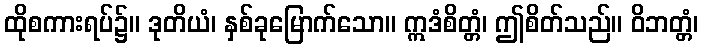
ထိုစကားရပ်၌။ ဒုတိယံ၊ နှစ်ခုမြောက်သော။ ဣဒံစိတ္တံ၊ ဤစိတ်သည်။ ဝိဘတ္တံ၊